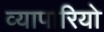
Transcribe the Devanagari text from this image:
व्यापारियो